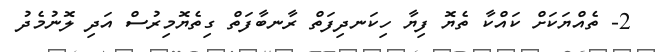
2- ތެއްޔަކަށް ކައްކާ ތެޔޮ ފިޔާ ހިކަނދިފަތް ރާނބާފަތް ގިތެޔޮމިރުސް އަދި ލޮނުމެދު